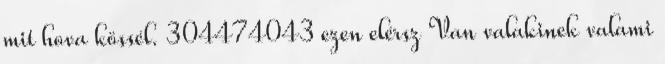
mit hova kössél. 304474043 ezen elérsz Van valakinek valami